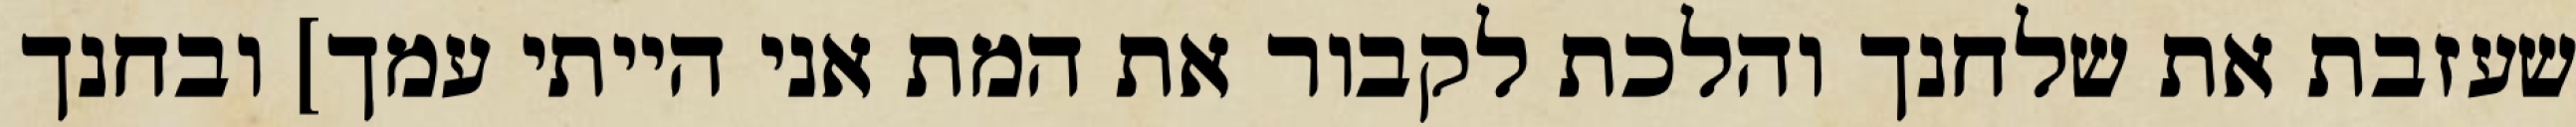
שעזבת את שלחנך והלכת לקבור את המת אני הייתי עמך] ובחנך